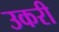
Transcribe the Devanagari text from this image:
उकरी